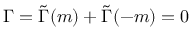
\Gamma = \tilde { \Gamma } ( m ) + \tilde { \Gamma } ( - m ) = 0